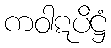
ကဝါဋပိဋ္ဌံ